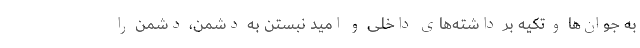
به جوان‌ها و تکیه بر داشته‌های داخلی و امید نبستن به دشمن، دشمن را